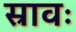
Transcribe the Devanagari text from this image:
स्रावः